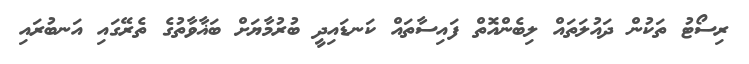
ރިސޯޓު ތަކުން ދައުލަތައް ލިބެންއޮތް ފައިސާތައް ކަނޑައިދީ ބުރުމާޔަށް ބަޣާވާތުގެ ތެރޭގައި އަނބުރައި